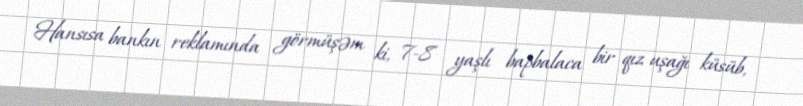
Hansısa bankın reklamında görmüşəm ki, 7-8 yaşlı bapbalaca bir qız uşağı küsüb,